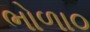
ભોળા૦